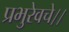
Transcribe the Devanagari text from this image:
प्रभुरेवचे।।